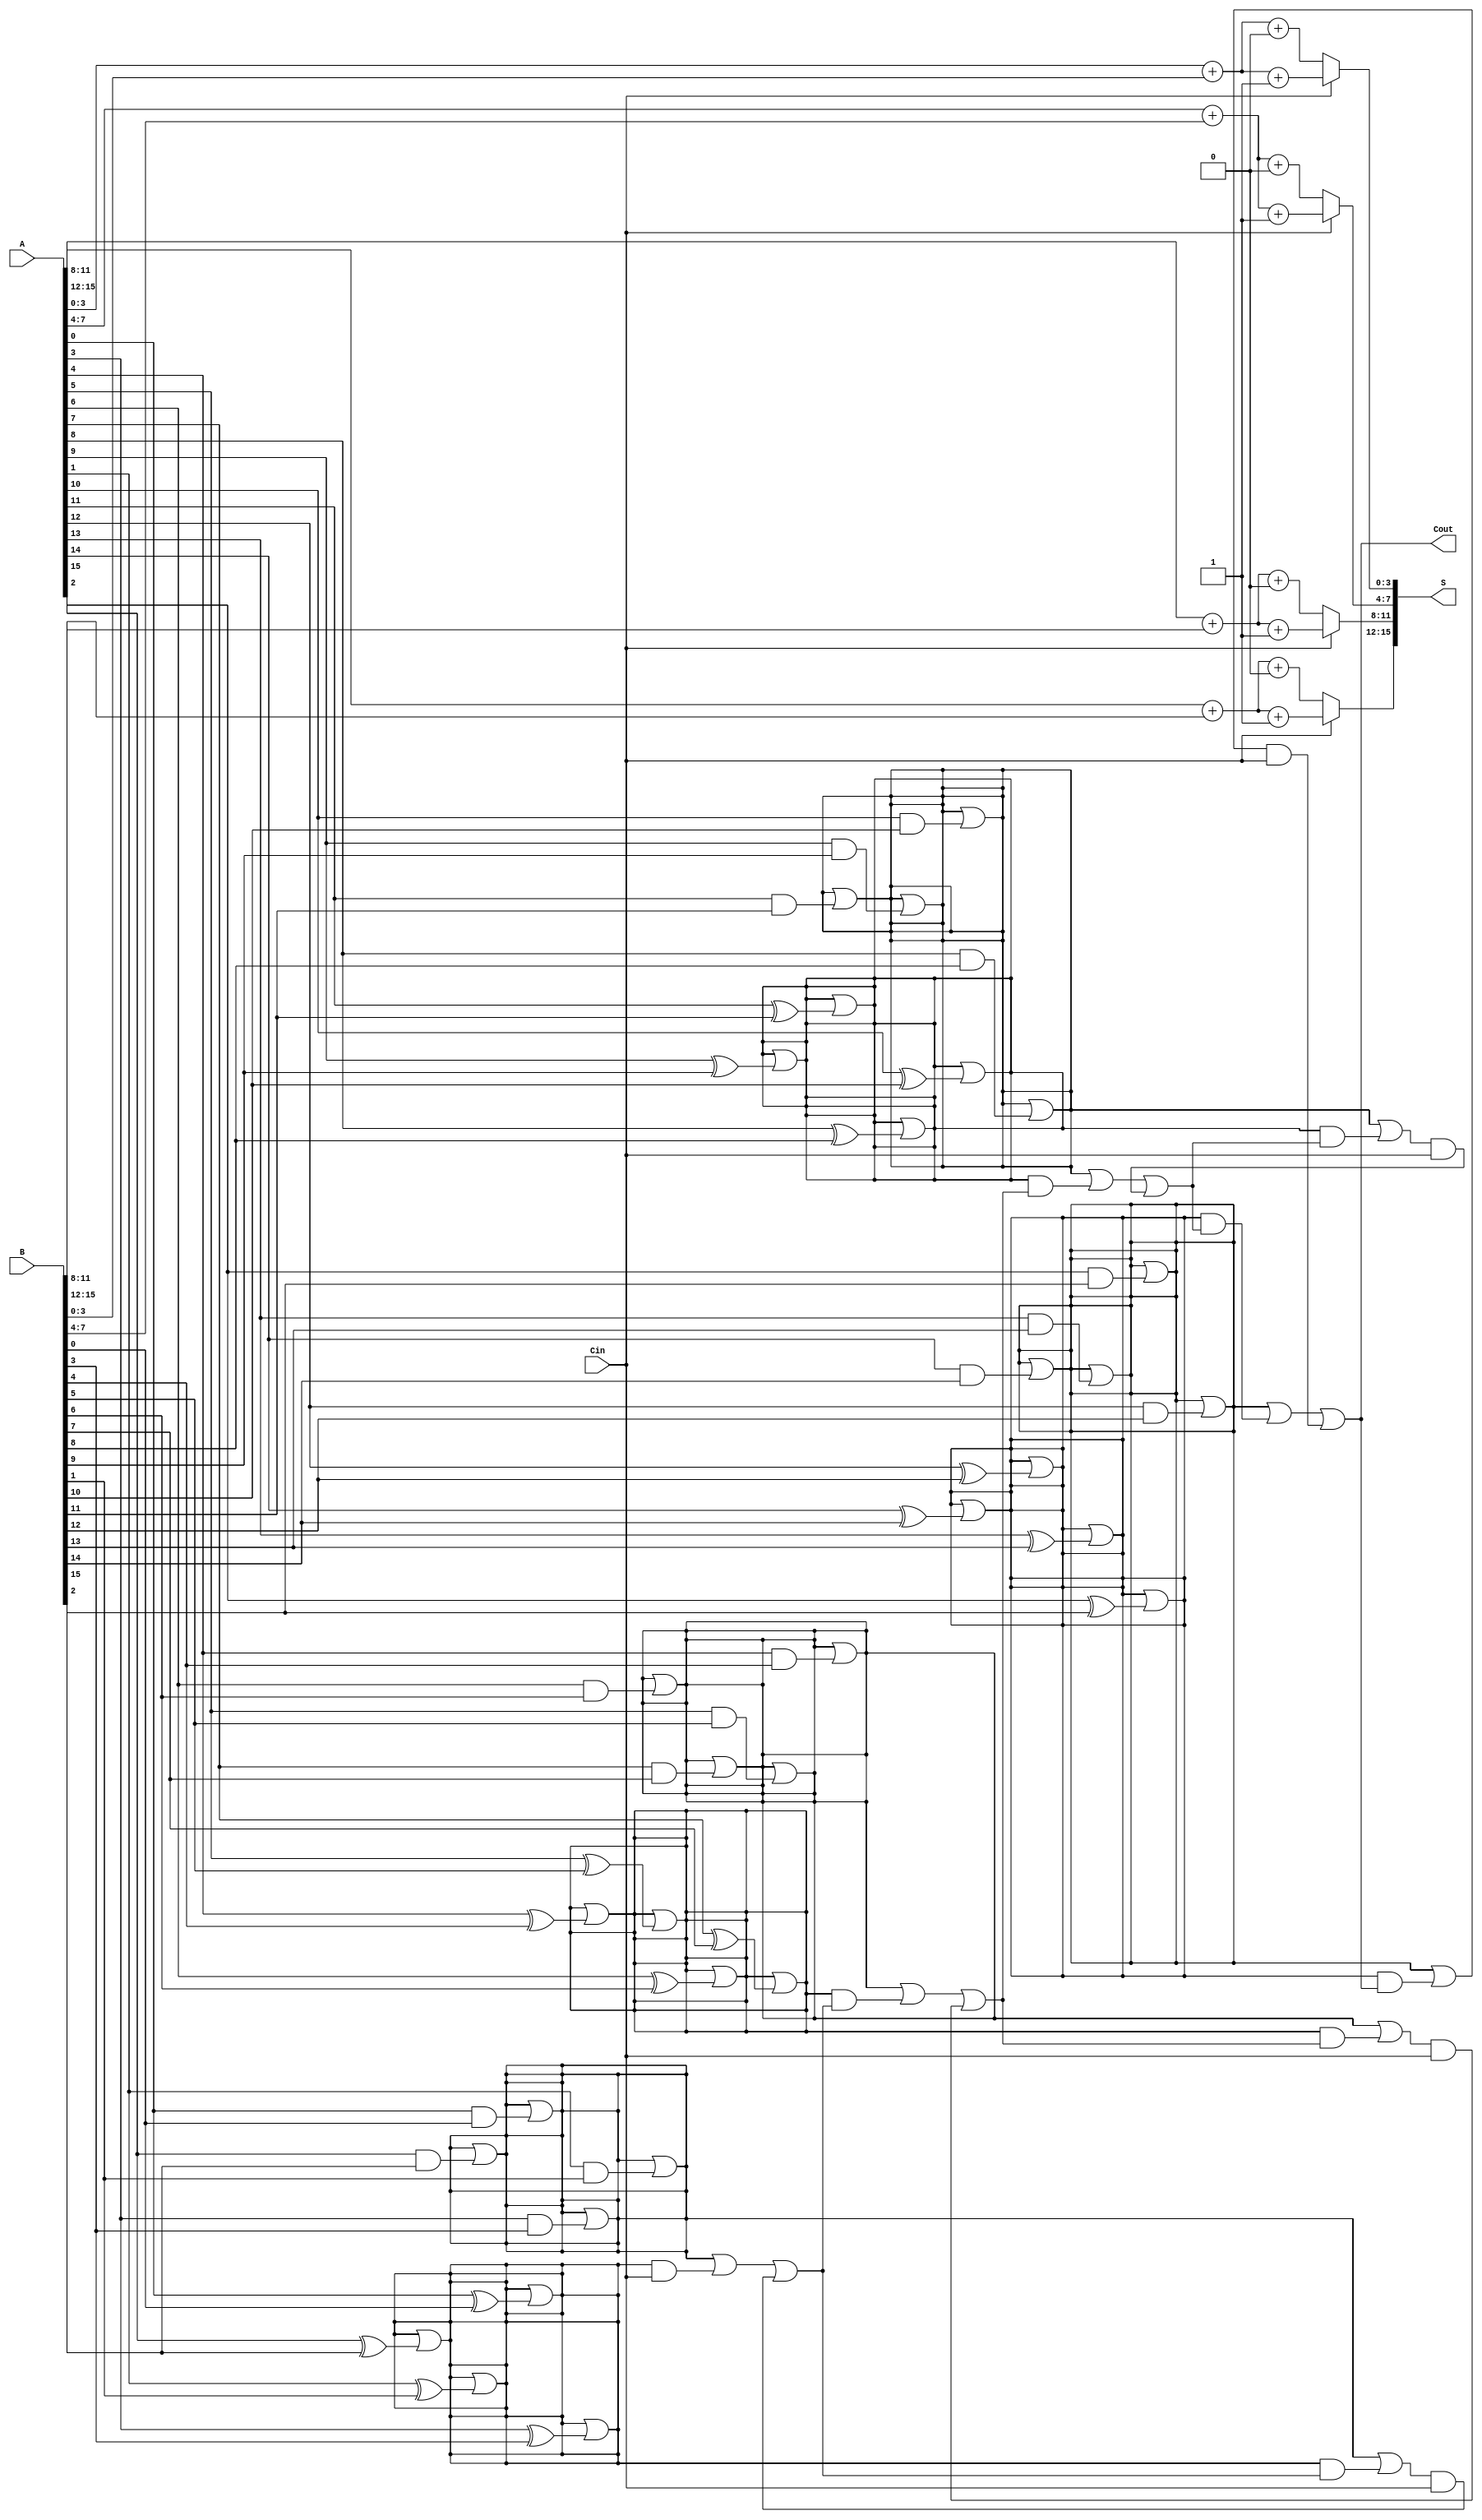
module Carry_Select_Adder #(parameter N = 16, // Total number of bits
                             parameter BLOCK_SIZE = 4) // Size of each block
(
    input [N-1:0] A,    // First n-bit input
    input [N-1:0] B,    // Second n-bit input
    input Cin,          // Input carry
    output [N-1:0] S,   // n-bit sum output
    output Cout         // Output carry
);

    localparam NUM_BLOCKS = N / BLOCK_SIZE;

    // Internal signals for sum and carry
    wire [BLOCK_SIZE-1:0] S0 [0:NUM_BLOCKS-1]; // Sum when Cin = 0
    wire [BLOCK_SIZE-1:0] S1 [0:NUM_BLOCKS-1]; // Sum when Cin = 1
    wire [NUM_BLOCKS-1:0] C0;                   // Carry out when Cin = 0
    wire [NUM_BLOCKS-1:0] C1;                   // Carry out when Cin = 1
    wire [NUM_BLOCKS-1:0] G;                    // Generate signals
    wire [NUM_BLOCKS-1:0] P;                    // Propagate signals
    wire [NUM_BLOCKS:0] C;                       // Carry signals

    assign C[0] = Cin; // Initial carry

    // Generate and propagate for each block
    genvar i, j;
    generate
        for (i = 0; i < NUM_BLOCKS; i = i + 1) begin: block
            for (j = 0; j < BLOCK_SIZE; j = j + 1) begin: bit
                wire a = A[i*BLOCK_SIZE + j];
                wire b = B[i*BLOCK_SIZE + j];
                assign G[i] = G[i] | (a & b); // Generate
                assign P[i] = P[i] | (a ^ b); // Propagate
            end
            
            // Sum calculations for both cases of carry-in
            assign S0[i] = A[i*BLOCK_SIZE +: BLOCK_SIZE] + B[i*BLOCK_SIZE +: BLOCK_SIZE] + 0;
            assign S1[i] = A[i*BLOCK_SIZE +: BLOCK_SIZE] + B[i*BLOCK_SIZE +: BLOCK_SIZE] + 1;

            // Carry-out calculations
            assign C0[i] = G[i] | (P[i] & C[i]); // When Cin = 0
            assign C1[i] = G[i] | (P[i] & C[i+1]); // When Cin = 1
            assign C[i+1] = C0[i] | (C1[i] & Cin); // Carry for next block
        end
    endgenerate

    // Final output carry
    assign Cout = C[NUM_BLOCKS];

    // Select the appropriate sum based on the carry-in
    generate
        for (i = 0; i < NUM_BLOCKS; i = i + 1) begin: select
            assign S[i*BLOCK_SIZE +: BLOCK_SIZE] = Cin ? S1[i] : S0[i];
        end
    endgenerate

endmodule